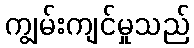
ကျွမ်းကျင်မှုသည်